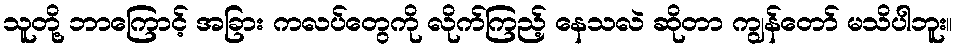
သူတို့ ဘာကြောင့် အခြား ကလပ်တွေကို လိုက်ကြည့် နေသလဲ ဆိုတာ ကျွန်တော် မသိပါဘူး။